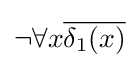
\neg \forall x{\overline {\delta _{1}(x)}}